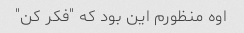
اوه منظورم این بود که "فکر کن"